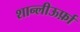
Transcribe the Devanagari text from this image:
शान्लीऊर्फ़ा